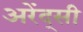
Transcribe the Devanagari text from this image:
अरेंद्सी